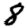
Digit: 8